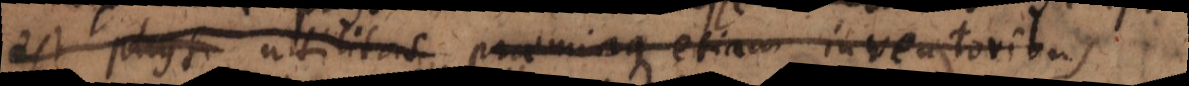
est utilitas praemiaque etiam inventoribus